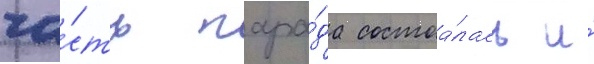
ча́сть пара́да состоа́лась и́